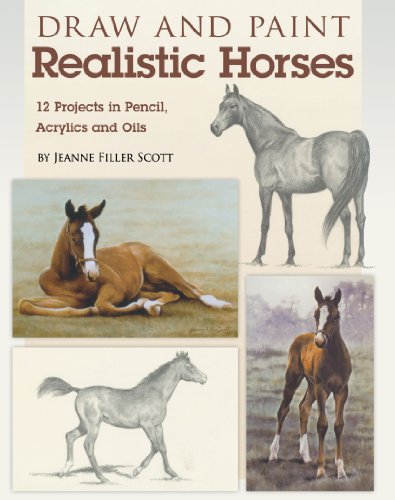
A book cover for Draw and Paint Realistic Horses: Projects in Pencil, Acrylics and Oills; Jeanne Filler Scott; Arts & Photography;